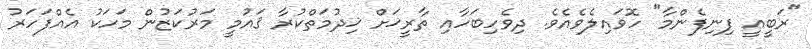
"ރަބީޢީ ފިނިފެންމާ" ހޮވައިލެވެއެވެ. ދިވެހިބަހާއި ތާރީޚަށް ޚިދުމަތްކުރާ ޤައުމީ މަރުކަޒުން މަހަކު އެއްފަހަރު